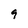
Character: 9